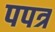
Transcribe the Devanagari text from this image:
पपत्र